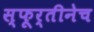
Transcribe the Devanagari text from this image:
स्फूर्तीनेच